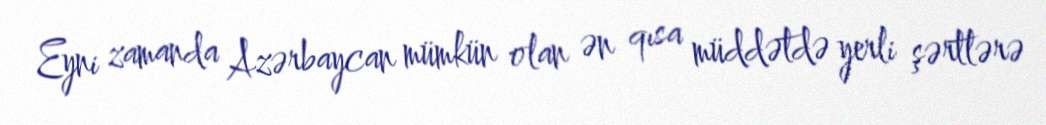
Eyni zamanda Azərbaycan mümkün olan ən qısa müddətdə yerli şərtlərə